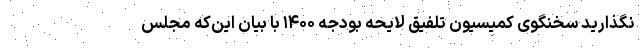
نگذارید سخنگوی کمیسیون تلفیق لایحه بودجه ۱۴۰۰ با بیان این‌که مجلس